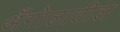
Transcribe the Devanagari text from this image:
अँगोलातील